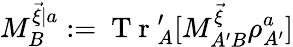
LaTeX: M_{B}^{\vec{\xi}|a}:=\mathrm{~T~r~}_{A}^{\prime}[M_{A^{\prime}B}^{\vec{\xi}}\rho_{A^{\prime}}^{a}]